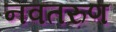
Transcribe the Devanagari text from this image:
नवतरुण